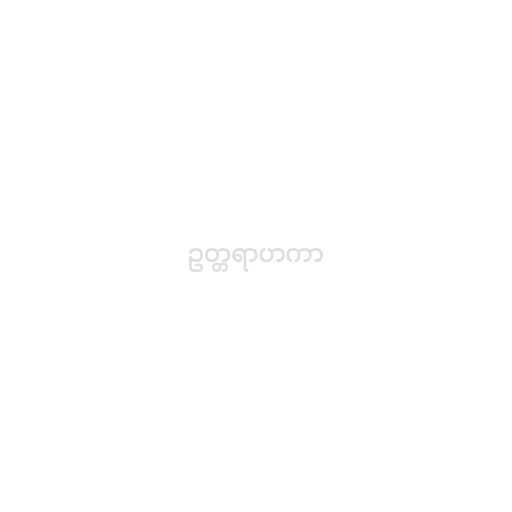
ဥတ္တရာဟကာ